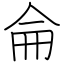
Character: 侖